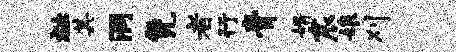
祉其洞凭者行膏婿宸娘刈